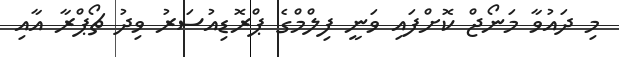
މި ދައުވާ މަނޯޖް ކޮށްފައި ވަނީ ފިލްމްގެ ޕްރޮޑިއުސަރު ވިދު ޗޯޕްރާ އާއި